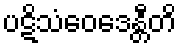
ပဋိသံဝေဒေန္တီတိ